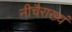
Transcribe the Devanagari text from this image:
नीचैराख्यं